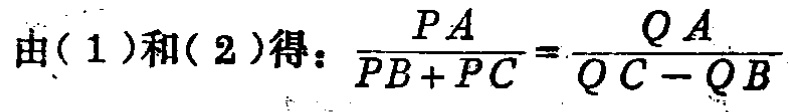
由(1)和(2)得：\(\frac{PA}{PB + PC}=\frac{QA}{QC - QB}\)